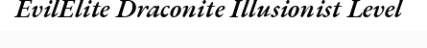
EvilElite Draconite Illusionist Level